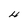
Character: 4